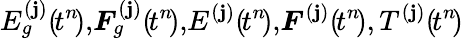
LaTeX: E_{g}^{(\mathbf{j})}(\! t^{n}\! ),\! \boldsymbol{F}_{g}^{(\mathbf{j})}(\! t^{n}\! ),\! E^{(\mathbf{j})}(\! t^{n}\! ),\! \boldsymbol{F}^{(\mathbf{j})}(\! t^{n}\! ),T^{(\mathbf{j})}(\! t^{n}\! )